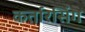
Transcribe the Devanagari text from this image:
कर्तारसिंग